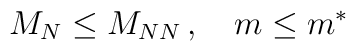
M_N\leq M_{NN}\,,\quad m\leq m^\ast